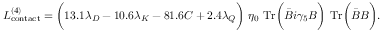
{ \cal L } _ { \mathrm { c o n t a c t } } ^ { ( 4 ) } = \biggl ( 1 3 . 1 \lambda _ { D } - 1 0 . 6 \lambda _ { K } - 8 1 . 6 { \cal C } + 2 . 4 \lambda _ { Q } \biggr ) \ \eta _ { 0 } \ \mathrm { T r } \biggl ( { \bar { B } } i \gamma _ { 5 } B \biggr ) \ \mathrm { T r } \biggl ( { \bar { B } } B \biggr ) .